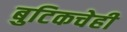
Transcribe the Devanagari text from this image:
बुटिकचेही